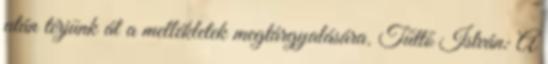
után térjünk át a mellékletek megtárgyalására. Tüttő István: A